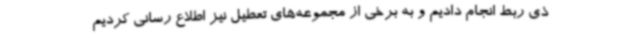
ذی ربط انجام دادیم و به برخی از مجموعه‌های تعطیل نیز اطلاع رسانی کردیم